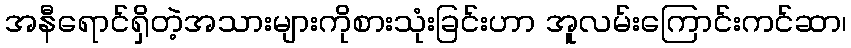
အနီရောင်ရှိတဲ့အသားများကိုစားသုံးခြင်းဟာ အူလမ်းကြောင်းကင်ဆာ၊